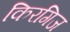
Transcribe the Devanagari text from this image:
किरगिज